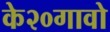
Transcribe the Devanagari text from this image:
के२०गावो